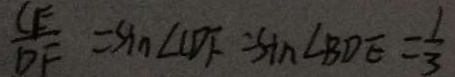
\frac { C E } { D F } = \sin \angle C D F - \sin \angle B D E = \frac { 1 } { 3 }